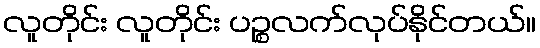
လူတိုင်း လူတိုင်း ပဉ္စလက်လုပ်နိုင်တယ်။